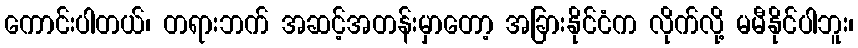
ကောင်းပါတယ်၊ တရားဘက် အဆင့်အတန်းမှာတော့ အခြားနိုင်ငံက လိုက်လို့ မမီနိုင်ပါဘူး၊